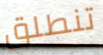
تنطلق